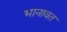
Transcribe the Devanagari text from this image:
भानावत